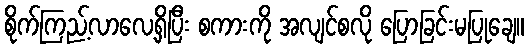
စိုက်ကြည့်လာလေ့ရှိပြီး စကားကို အလျင်စလို ပြောခြင်းမပြုချေ။